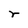
Character: r